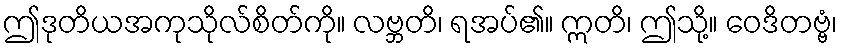
ဤဒုတိယအကုသိုလ်စိတ်ကို။ လဗ္ဘတိ၊ ရအပ်၏။ ဣတိ၊ ဤသို့။ ဝေဒိတဗ္ဗံ၊